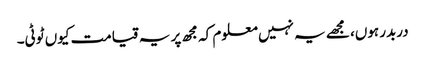
دربدر ہوں، مجھے یہ نہیں معلوم کہ مجھ پر یہ قیامت کیوں ٹوٹی۔